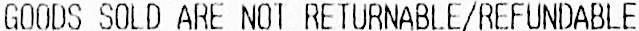
GOODS SOLD ARE NOT RETURNABLE/REFUNDABLE